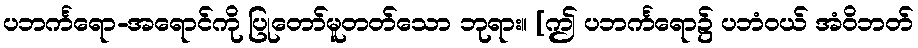
ပဘင်္ကရော-အရောင်ကို ပြုတော်မူတတ်သော ဘုရား။ [ဤ ပဘင်္ကရော၌ ပဘံဝယ် အံဝိဘတ်